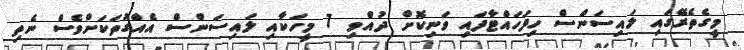
މީގެތެރޭގައި ލައިސަންސް ހިފަހައްޓާފައި ވަނިކޮށް ދުއްވި 7 މީހަކާއި ލައިސަންސް އެއްގޮތަކަށްވެސް ނެތި